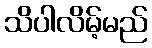
သိပါလိမ့်မည်